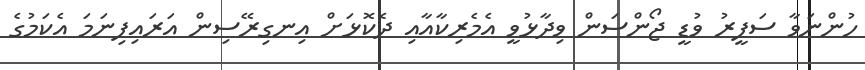
ހުންނަވާ ސަފީރު ވުޑީ ޖޯންސަން ވިދާޅުވީ އެމެރިކާއާއި ދެކޮޅަށް އިނގިރޭސިން އަރައިފިނަމަ އެކަމުގެ